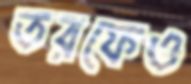
তরফেও